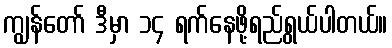
ကျွန်တော် ဒီမှာ ၁၄ ရက်နေဖို့ရည်ရွယ်ပါတယ်။